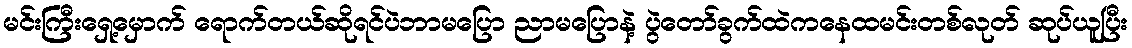
မင်းကြီးရှေ့မှောက် ရောက်တယ်ဆိုရင်ပဲဘာမပြော ညာမပြောနဲ့ ပွဲတော်ခွက်ထဲကနေထမင်းတစ်လုတ် ဆုပ်ယူပြီး